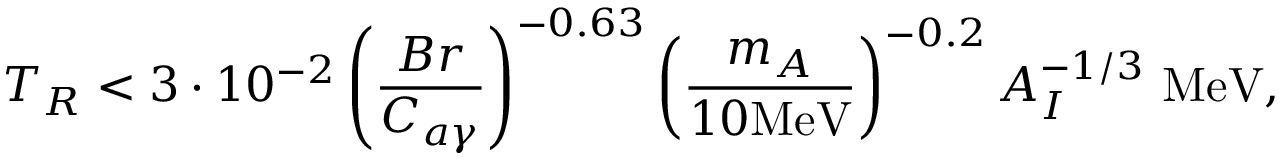
T _ { R } < 3 \cdot 1 0 ^ { - 2 } \left( \frac { B r } { C _ { a \gamma } } \right) ^ { - 0 . 6 3 } \left( \frac { m _ { A } } { 1 0 \mathrm { M e V } } \right) ^ { - 0 . 2 } A _ { I } ^ { - 1 / 3 } \mathrm { ~ M e V } ,